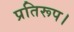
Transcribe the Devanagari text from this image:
प्रतिरूप।